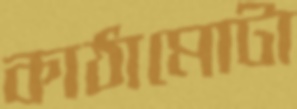
কাঠামোটা